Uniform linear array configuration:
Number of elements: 24
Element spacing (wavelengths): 1
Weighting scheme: hamming
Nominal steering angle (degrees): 30
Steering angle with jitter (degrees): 31.613
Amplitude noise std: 0.05
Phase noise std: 0.05

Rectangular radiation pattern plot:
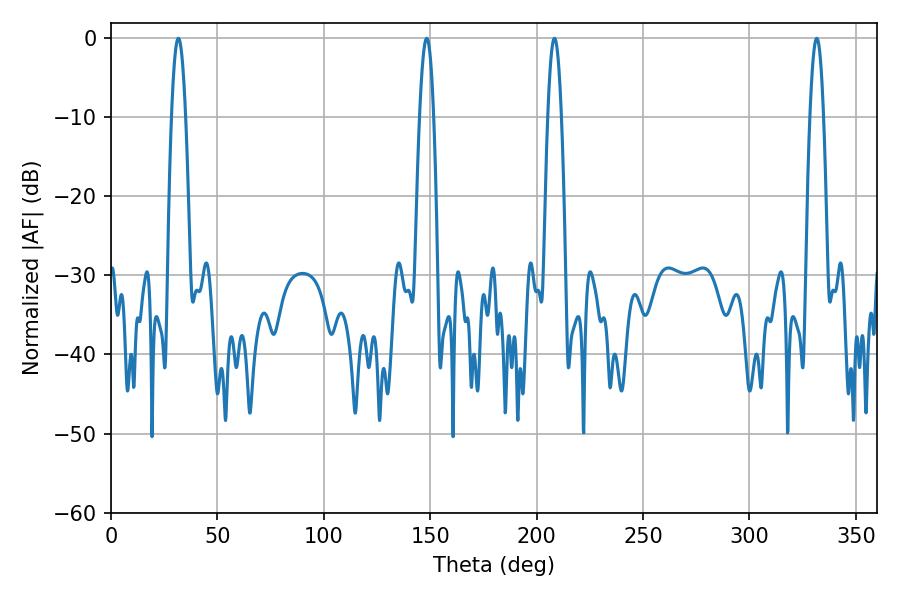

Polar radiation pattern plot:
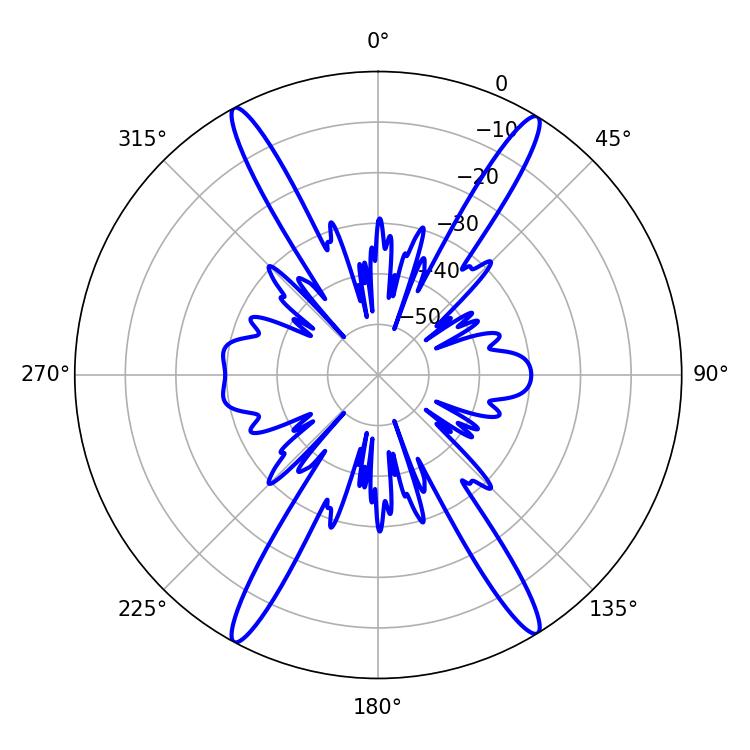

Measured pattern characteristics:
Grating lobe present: TRUE
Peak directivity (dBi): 23.592
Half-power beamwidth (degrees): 3.6
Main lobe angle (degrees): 148.32